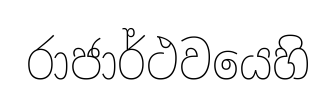
රාජාර්ථවයෙහි